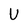
Character: U